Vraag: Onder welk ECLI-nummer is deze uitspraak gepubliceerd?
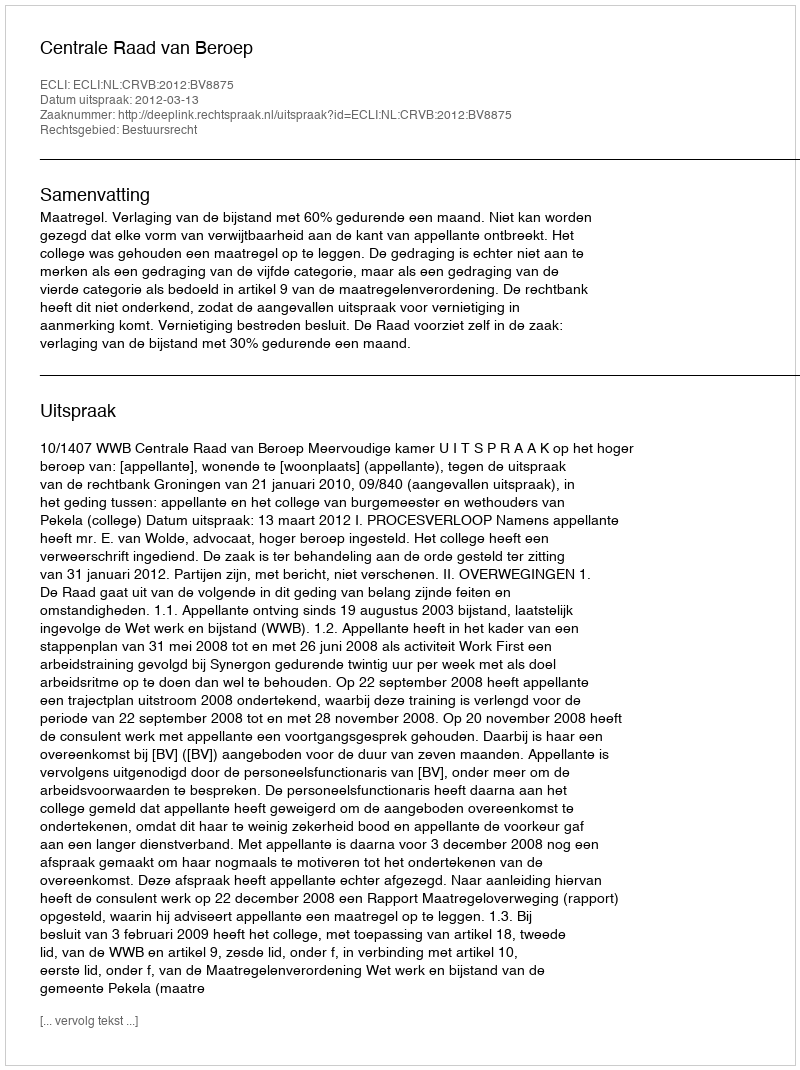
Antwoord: ECLI:NL:CRVB:2012:BV8875